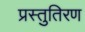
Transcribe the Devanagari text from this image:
प्रस्तुतिरण